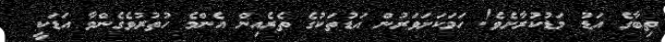
ތިބާގެ އަޑު މަޑުކުރާށެވެ! ހަމަކަށަވަރުން އަޑުތަކުގެ ތެރެއިން އެންމެ ހުތުރުވެގެންވާ އަޑަކީ